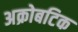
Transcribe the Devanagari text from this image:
अक्रोबटिक